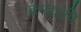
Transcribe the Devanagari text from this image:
कस्यापि